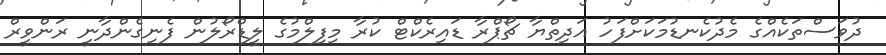
ދުވަސްތަކެއްގެ މެދުކެނޑުމަކަށްފަހު އަދިތްޔާ ޗޯޕްރާ ޑައިރެކްޓް ކުރާ މިފިލްމުގެ ލީޑްރޯލުން ފެނިގެންދާނީ ރަންވީރްް